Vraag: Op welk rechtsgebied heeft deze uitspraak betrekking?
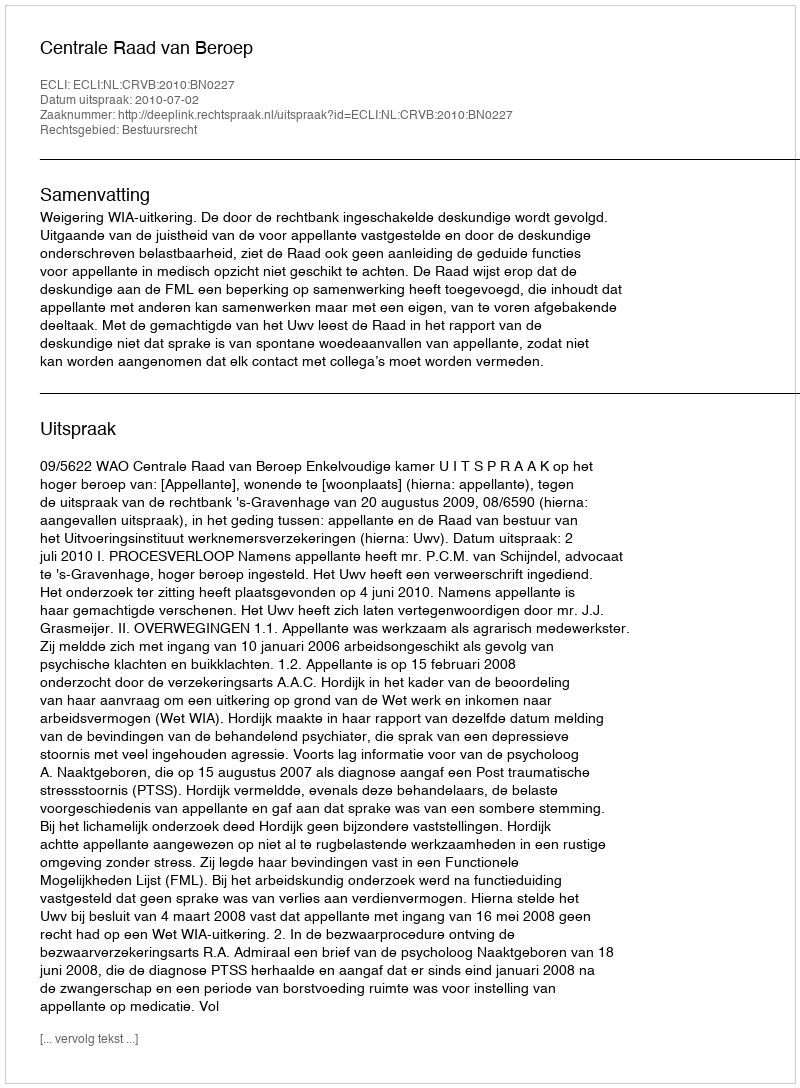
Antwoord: Bestuursrecht